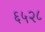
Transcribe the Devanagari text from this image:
६५२८